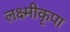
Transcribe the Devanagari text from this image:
लक्ष्मीकृपा